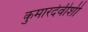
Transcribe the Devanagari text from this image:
कुमारदेवीशी